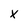
Character: x